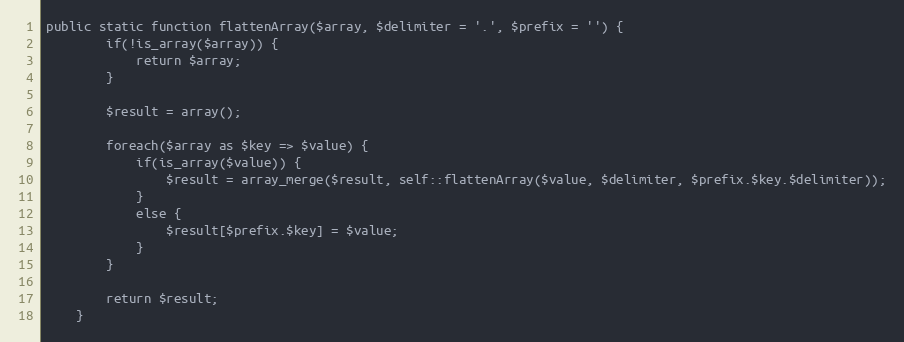
Language: PHP
public static function flattenArray($array, $delimiter = '.', $prefix = '') {
        if(!is_array($array)) {
            return $array;
        }

        $result = array();

        foreach($array as $key => $value) {
            if(is_array($value)) {
                $result = array_merge($result, self::flattenArray($value, $delimiter, $prefix.$key.$delimiter));
            }
            else {
                $result[$prefix.$key] = $value;
            }
        }

        return $result;
    }